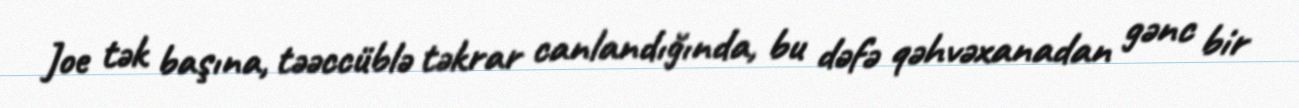
Joe tək başına, təəccüblə təkrar canlandığında, bu dəfə qəhvəxanadan gənc bir